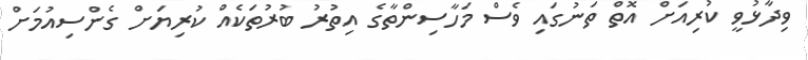
ވިދާޅުވީ ކުރިއަށް އޮތް ތަނުގައި ވެސް މަހާސިންތާގެ އިތުރު ބުރުތަކެއް ކުރިޔަށް ގެންސިއުމަށް